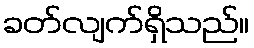
ခတ်လျက်ရှိသည်။